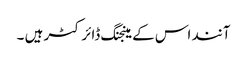
آنند اس کے مینجنگ ڈائرکٹر ہیں ۔